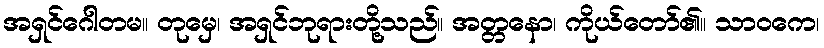
အရှင်ဂေါတမ။ တုမှေ၊ အရှင်ဘုရားတို့သည်။ အတ္တနော၊ ကိုယ်တော်၏။ သာဝကေ၊